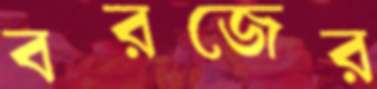
বরজের